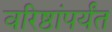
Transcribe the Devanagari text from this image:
वरिष्ठांपर्यंत